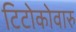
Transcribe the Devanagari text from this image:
टिटोकोवारु